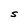
Character: S